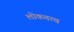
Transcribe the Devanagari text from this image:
लोकतत्‍व